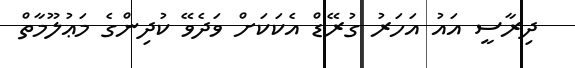
ދިރާސީ އައު އަހަރު ގުރޭޑް އެކަކަށް ވަދެވޭ ކުދިންގެ މަޢުލޫމާތް